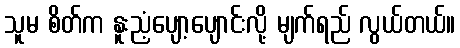
သူမ စိတ်က နူးညံ့ပျော့ပျောင်းလို့ မျက်ရည် လွယ်တယ်။